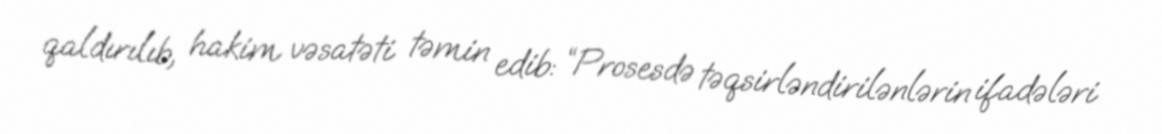
qaldırılıb, hakim vəsatəti təmin edib: “Prosesdə təqsirləndirilənlərin ifadələri